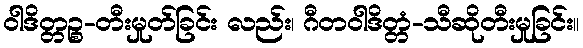
ဝါဒိတ္တဉ္စ-တီးမှုတ်ခြင်း လည်း၊ ဂီတဝါဒိတ္တံ-သီဆိုတီးမှုခြင်း။